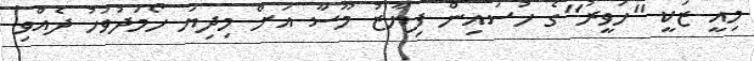
މިއީ ޒަކީ "ހަވީރު"ގެ ހުސައިން ފިޔާޒު މޫސާ އަށް މިދިޔަ ހޯމަދުވަހު ދެއްވި